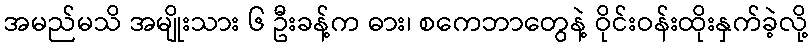
အမည်မသိ အမျိုးသား ၆ ဦးခန့်က ဓား၊ စကေဘာတွေနဲ့ ဝိုင်းဝန်းထိုးနှက်ခဲ့လို့